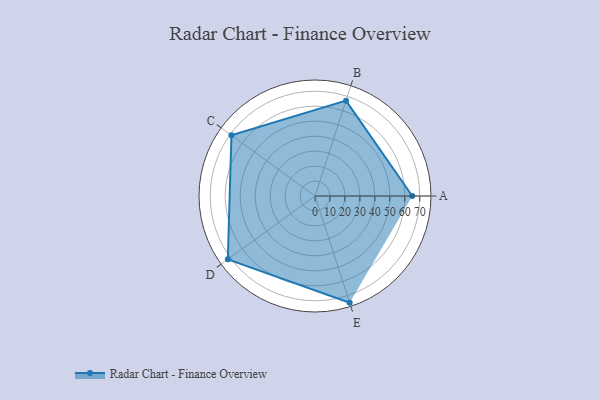
{"axis": {"x": "Skill", "y": "Score"}, "legend": ["Profile"], "data": [{"x": "A", "y": 65.0, "type": "Profile"}, {"x": "B", "y": 67.0, "type": "Profile"}, {"x": "C", "y": 69.0, "type": "Profile"}, {"x": "D", "y": 72.0, "type": "Profile"}, {"x": "E", "y": 75.0, "type": "Profile"}]}